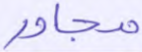
مجاور